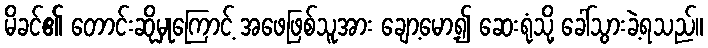
မိခင်၏ တောင်းဆိုမှုကြောင့် အဖေဖြစ်သူအား ချော့မော့၍ ဆေးရုံသို့ ခေါ်သွားခဲ့ရသည်။